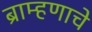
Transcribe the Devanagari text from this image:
ब्राम्हणाचे